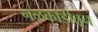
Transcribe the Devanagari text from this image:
नळकांडीतून